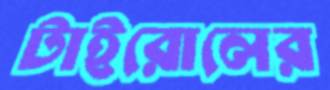
টাইরোলের